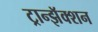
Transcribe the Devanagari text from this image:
ट्रान्झॅक्शन